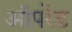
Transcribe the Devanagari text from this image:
ऑपरेंड